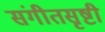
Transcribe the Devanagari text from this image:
संगीतसृष्टी